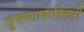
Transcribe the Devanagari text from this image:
जुक्स्टाकेपिलरी